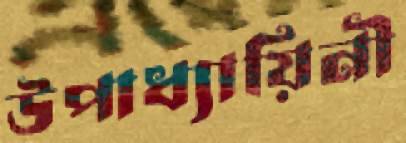
উপাধ্যায়িনী